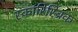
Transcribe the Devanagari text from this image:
स्कारिस्ब्रिक